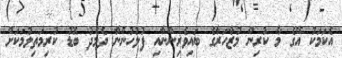
އެކަމަކު އޭގެ މާ ކުރިން މުޒާހަރާގެ ބައިވެރިންނާއި ފުލުހުންނާ ދެމެދު ބޮޑު ކުރިމަތިލުމަކަށް